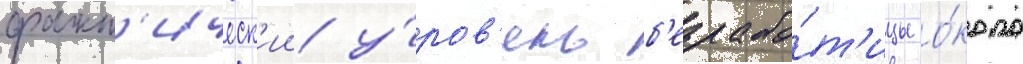
факт'ическ'ии у́ров'ень б'езрабо́т'ицы о́коло